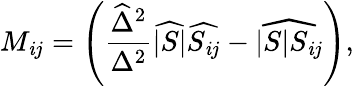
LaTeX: M_{\mathit{i}j}=\left({\frac{{\widehat{{\Delta}}^{2}}}{{\Delta^{2}}}}\widehat{{|S|}}\widehat{{S_{\mathit{i}j}}}-\widehat{{|S|S_{\mathit{i}j}}}\right),